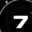
Digit: 7